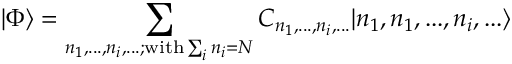
| \Phi \rangle = \sum _ { n _ { 1 } , . . . , n _ { i } , . . . ; \mathrm { w i t h } \sum _ { i } n _ { i } = N } C _ { n _ { 1 } , . . . , n _ { i } , . . . } | n _ { 1 } , n _ { 1 } , . . . , n _ { i } , . . . \rangle